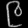
Digit: ၉